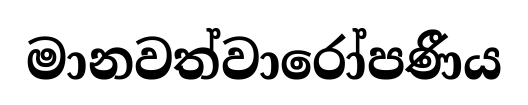
මානවත්වාරෝපණීය